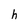
Character: h